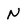
Character: N